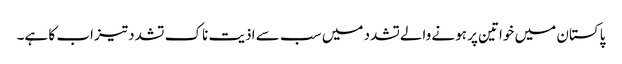
پاکستان میں خواتین پر ہونے والےتشدد میں سب سے اذیت ناک تشدد تیزاب کا ہے۔